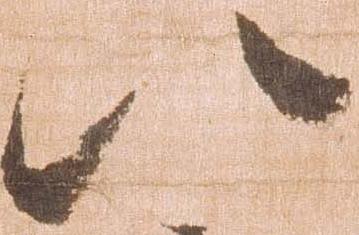
以